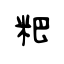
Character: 粑